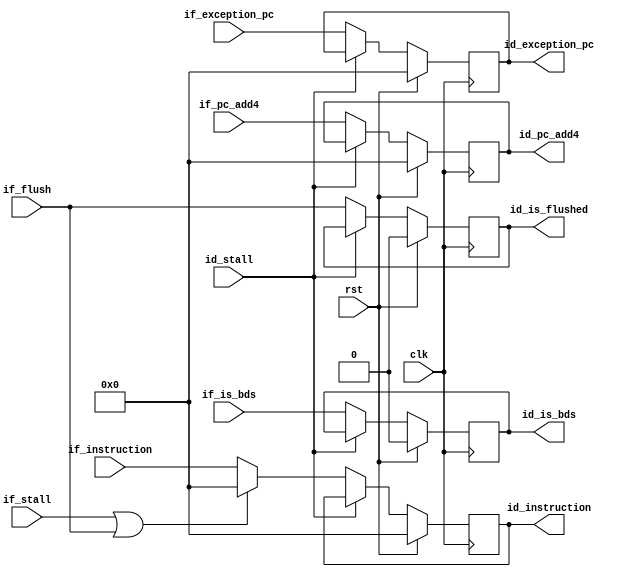
module antares_ifid_register (
                              input             clk,             // main clock
                              input             rst,             // main reset
                              input [31:0]      if_instruction,  // Instruction from IF
                              input [31:0]      if_pc_add4,      // PC + 1 from IF
                              input [31:0]      if_exception_pc, // PC     from IF
                              input             if_is_bds,       // This instruction is a BDS.
                              input             if_flush,        // clean
                              input             if_stall,        // Stall IF
                              input             id_stall,        // Stall ID
                              output reg [31:0] id_instruction,  // ID instruction
                              output reg [31:0] id_pc_add4,      // PC + 1 to ID
                              output reg [31:0] id_exception_pc, // PC to ID
                              output reg        id_is_bds,       // Instruction is a BDS
                              output reg        id_is_flushed    // This instruction must be ignored
                              );

    always @(posedge clk) begin
        id_instruction  <= (rst) ? 32'b0 : ((id_stall) ? id_instruction  : ((if_stall | if_flush) ? 32'b0 : if_instruction));
        id_pc_add4      <= (rst) ? 32'b0 : ((id_stall) ? id_pc_add4                                       : if_pc_add4);
        id_exception_pc <= (rst) ? 32'b0 : ((id_stall) ? id_exception_pc                                  : if_exception_pc);
        id_is_bds       <= (rst) ? 1'b0  : ((id_stall) ? id_is_bds                                        : if_is_bds);
        id_is_flushed   <= (rst) ? 1'b0  : ((id_stall) ? id_is_flushed                                    : if_flush);
    end
endmodule